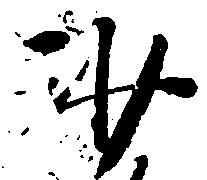
沙